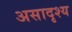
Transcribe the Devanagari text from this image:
असादृश्य